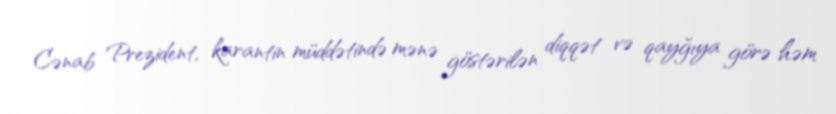
Cənab Prezident, karantin müddətində mənə göstərilən diqqət və qayğıya görə həm